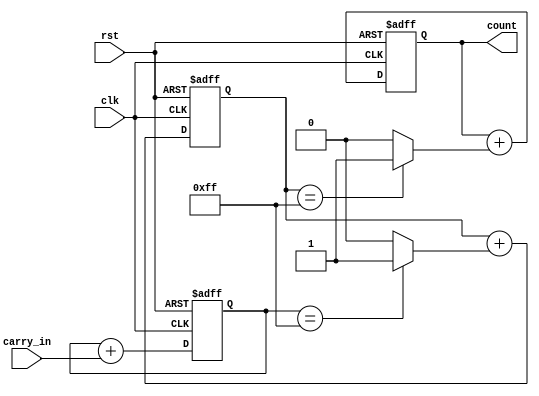
module cascaded_counter(
    input wire clk,
    input wire rst,
    input wire carry_in,
    output reg [7:0] count
);

reg [7:0] count_block1;
reg [7:0] count_block2;
reg [7:0] count_block3;

always @(posedge clk or posedge rst) begin
    if(rst) begin
        count_block1 <= 8'b00000000;
        count_block2 <= 8'b00000000;
        count_block3 <= 8'b00000000;
    end else begin
        count_block1 <= count_block1 + carry_in;
        count_block2 <= count_block2 + (count_block1 == 8'b11111111 ? 1 : 0);
        count_block3 <= count_block3 + (count_block2 == 8'b11111111 ? 1 : 0);
    end
end

assign count = count_block3;

endmodule